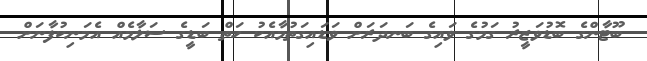
ބޫޓާންގެ ބޮޑުވަޒީރު ގަމުގެ ވައިގެ ބަނދަރަށް ވަޑައިގަތުމާއެކު ހަތް ބަޑީގެ ސަލާމެއް އެމަނިކުފާނަށް